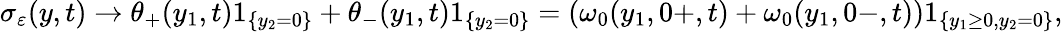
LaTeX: \sigma_{\varepsilon}(y,t)\to\theta_{+}(y_{1},t)1_{\{ y_{2}=0\} }+\theta_{-}(y_{1},t)1_{\{ y_{2}=0\} }=(\omega_{0}(y_{1},0+,t)+\omega_{0}(y_{1},0-,t))1_{\{ y_{1}\geq 0,y_{2}=0\} },